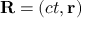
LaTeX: \mathbf { R } = \left( c t , \mathbf { r } \right)